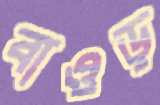
বাওড়